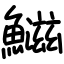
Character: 𬵱